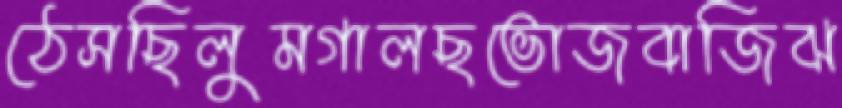
ঠেসছিলুমগালছভোজবাজিঝ